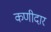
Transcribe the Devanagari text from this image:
कणीदार